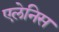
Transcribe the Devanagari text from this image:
एलेनिस